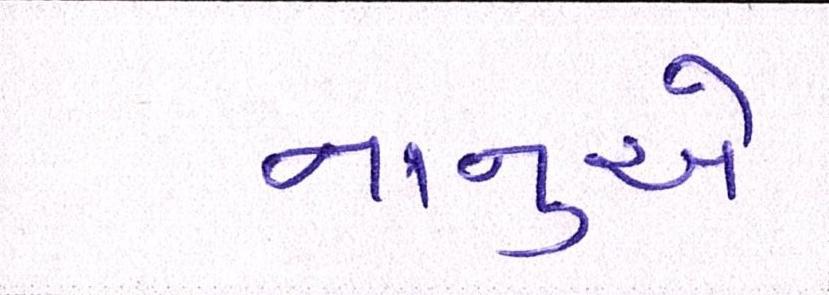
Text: નાનુએ